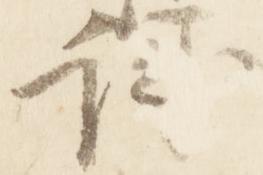
誠